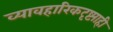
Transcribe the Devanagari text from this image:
व्यावहारिकदृष्ट्याही